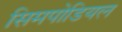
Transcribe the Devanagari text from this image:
सिमपोडियल